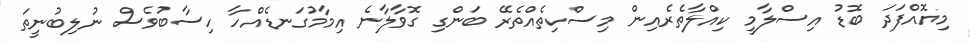
މިޔޮއްފަދަ ބޮޑު އިސްލާމީ ކިއްލާތެރެއިން މިސްކިތެއްތެރޭ ބަންގި ގޮވާލާނެ އިމާމުގަނޑެއްހާ ހިސާބުވެސް ނުލިބުނީތަ